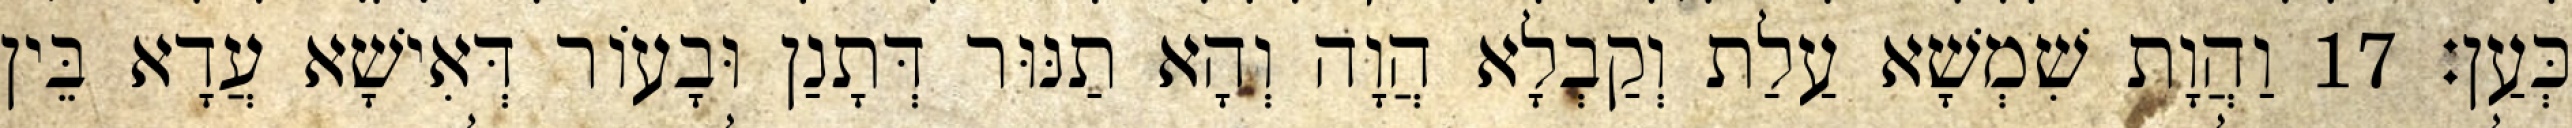
כְּעַן׃ 17 וַהֲוָת שִׁמְשָׁא עַלַת וְקַבְלָא הֲוָה וְהָא תַנּוּר דְּתָנַן וּבָעוֹר דְּאִישָׁא עֲדָא בֵּין